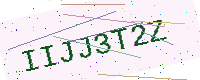
Text: IIJJ3T2Z